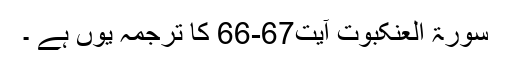
سورۃ العنکبوت آیت67-66 کا ترجمہ یوں ہے ۔